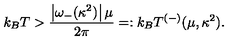
k _ { B } T > \frac { \left| \omega _ { - } ( \kappa ^ { 2 } ) \right| \mu } { 2 \pi } = : k _ { B } T ^ { ( - ) } ( \mu , \kappa ^ { 2 } ) .